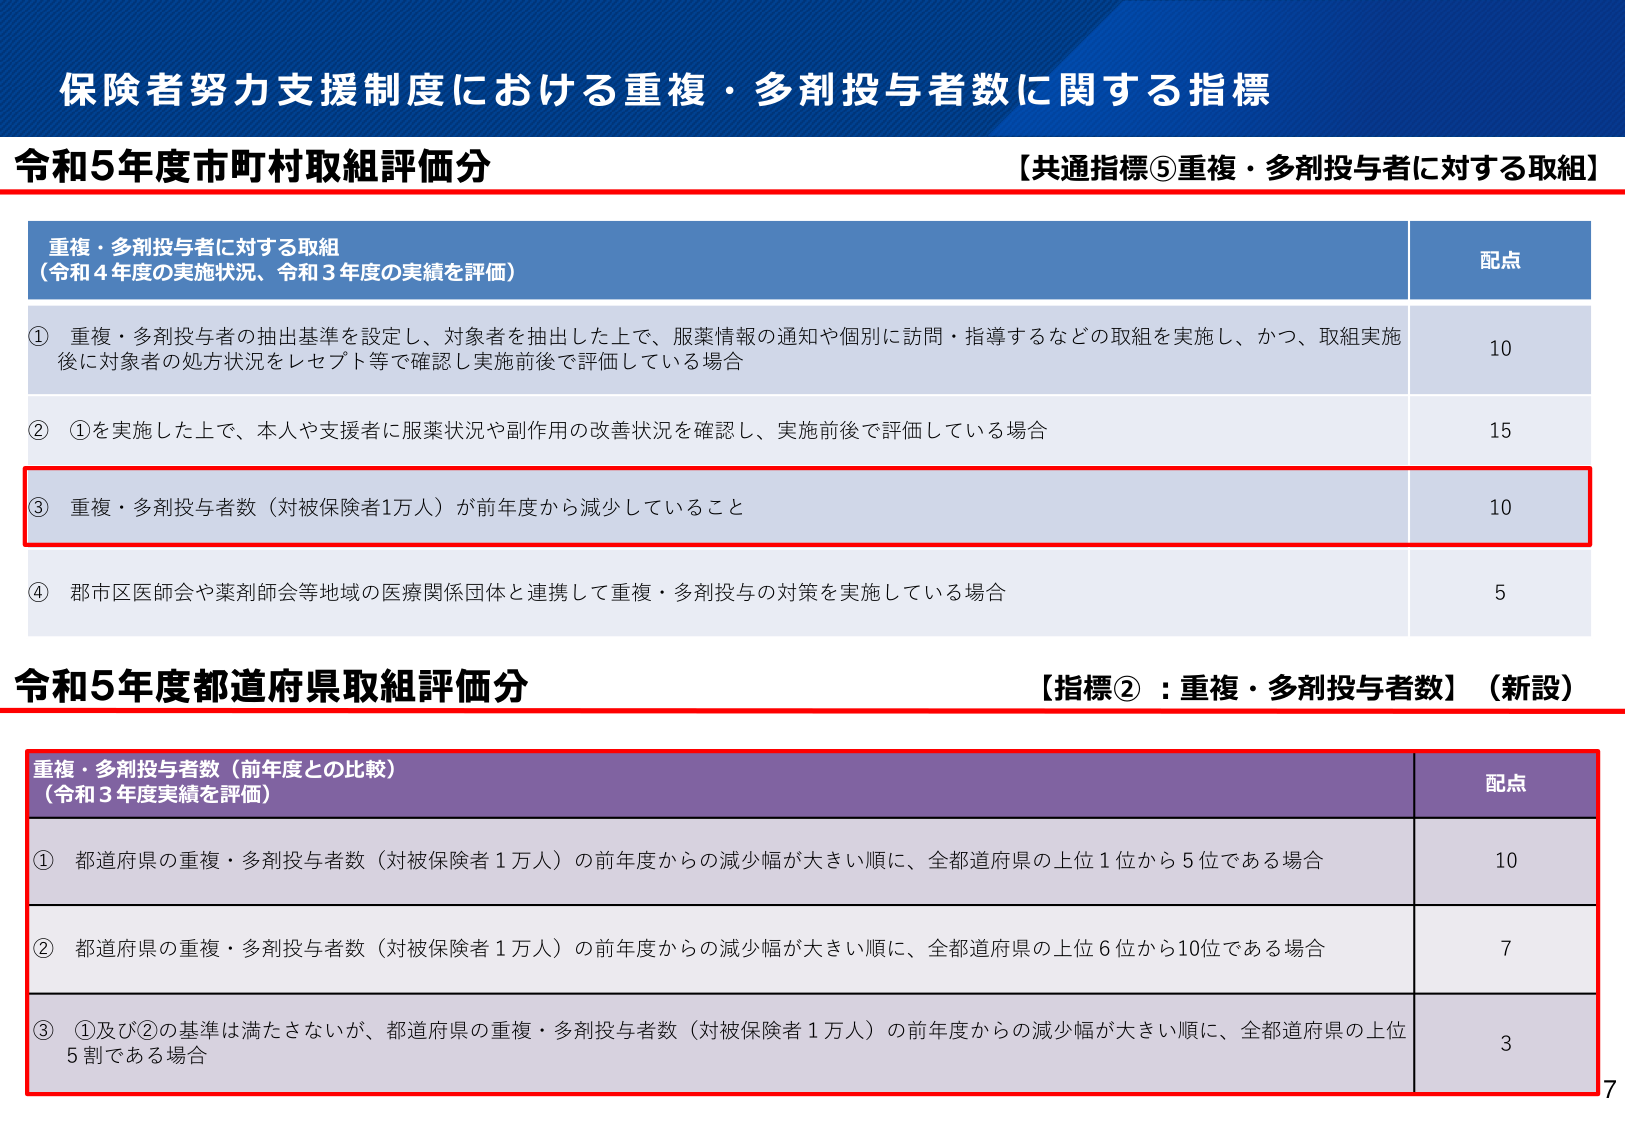
保険者努力支援制度における重複・多剤投与者数に関する指標

令和5年度市町村取組評価分
【共通指標⑤重複・多剤投与者に対する取組】

重複・多剤投与者に対する取組
（令和4年度の実施状況、令和3年度の実績を評価）

① 重複・多剤投与者の抽出基準を設定し、対象者を抽出した上で、服薬情報の通知や個別に訪問・指導するなどの取組を実施し、かつ、取組実施後に対象者の処方状況をレセプト等で確認し実施前後で評価している場合
10

② ①を実施した上で、本人や支援者に服薬状況や副作用の改善状況を確認し、実施前後で評価している場合
15

③ 重複・多剤投与者数（対被保険者1万人）が前年度から減少していること
10

④ 郡市区医師会や薬剤師会等地域の医療関係団体と連携して重複・多剤投与の対策を実施している場合
5

令和5年度都道府県取組評価分
【指標②：重複・多剤投与者数】（新設）

重複・多剤投与者数（前年度との比較）
（令和3年度実績を評価）

① 都道府県の重複・多剤投与者数（対被保険者1万人）の前年度からの減少幅が大きい順に、全都道府県の上位1位から5位である場合
10

② 都道府県の重複・多剤投与者数（対被保険者1万人）の前年度からの減少幅が大きい順に、全都道府県の上位6位から10位である場合
7

③ ①及び②の基準は満たさないが、都道府県の重複・多剤投与者数（対被保険者1万人）の前年度からの減少幅が大きい順に、全都道府県の上位5割である場合
3

7